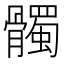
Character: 髑